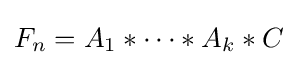
F_{n}=A_{1}\ast \dots \ast A_{k}\ast C